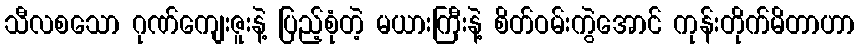
သီလစသော ဂုဏ်ကျေးဇူးနဲ့ ပြည့်စုံတဲ့ မယားကြီးနဲ့ စိတ်ဝမ်းကွဲအောင် ကုန်းတိုက်မိတာဟာ